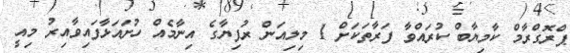
ޕްރޮގްރާމް ކާމިޔާބް ކުރައްވާ ފަރާތަކަށް 1 މިލިއަން ރުފިޔާގެ އިނާމެއް ހުށައަޅާފައިވާއިރު މިއީ